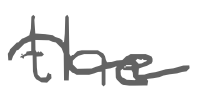
Text: the
Cross-out: wave
Writing tool: digital_gray